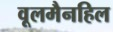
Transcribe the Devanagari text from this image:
वूलमैनहिल